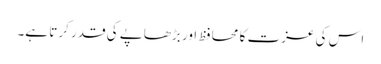
اس کی عزت کا محافظ اور بڑھاپے کی قدر کرتا ہے۔